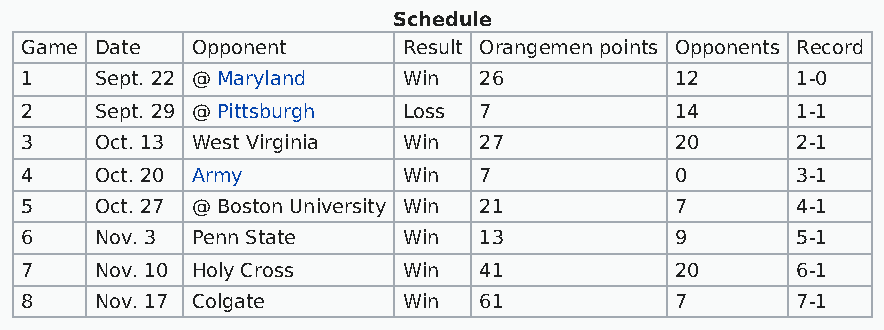
Schedule
 Game Date   Opponent      Result Orangemen points Opponents Record
 1    Sept. 22 @ Maryland  Win  26           12      1-0
 2    Sept. 29 @ Pittsburgh Loss 7           14      1-1
 3    Oct. 13 West Virginia Win 27           20      2-1
 4    Oct. 20 Army         Win  7            0       3-1
 5    Oct. 27 @ Boston University Win 21     7       4-1
 6    Nov. 3 Penn State    Win  13           9       5-1
 7    Nov. 10 Holy Cross   Win  41           20      6-1
 8    Nov. 17 Colgate      Win  61           7       7-1